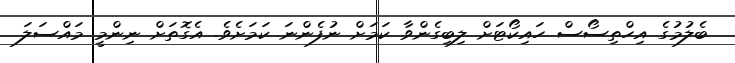
ބެލުމުގެ އިހްތިސޯސް ހައިކޯޓަށް ލިބިގެންވާ ކަމަށް ނުފެންނަ ކަމަށެވެ. އެގޮތަށް ނިންމީ މައްސަލަ